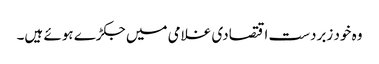
وہ خود زبردست اقتصادی غلامی میں جکڑے ہوئے ہیں۔